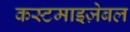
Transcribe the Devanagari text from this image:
कस्टमाइज़ेबल